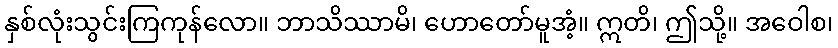
နှစ်လုံးသွင်းကြကုန်လော။ ဘာသိဿာမိ၊ ဟောတော်မူအံ့။ ဣတိ၊ ဤသို့။ အဝေါစ၊